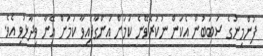
ފުންމިނުގެ ސަބަބުން އެކަން ނުކުރެވޭނެ ކަމަށް އަންގާފައިވާ ކަމަށް އޭނާ ވިދާޅުވި އެވެ.